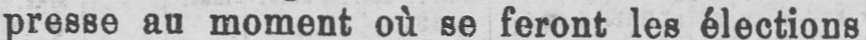
presse au moment où se feront les élections